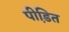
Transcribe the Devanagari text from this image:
पीडि़त